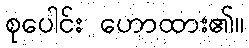
စုပေါင်း ဟောထား၏။